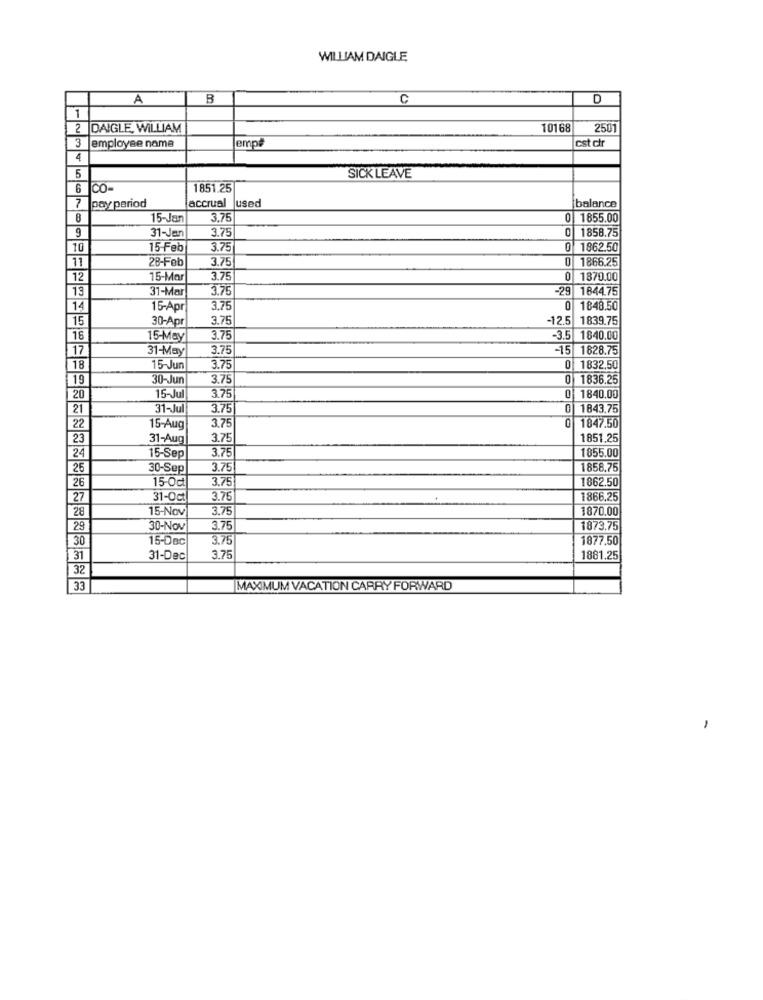
WILLIAM DAIGLE
A
B
C
D
1
2
DAIGLE, WILLIAM
10168
2501
3 employee name
emp#
cst cir
4
SICK LEAVE
5
6
CO-
1851.25
7
pay period
accrual used
balance
8
15-Jan
3.75
0 1855.00
9
31-Jan
3.75
1858.75
10
15-Feb
3.75
0 1862.50
11
28-Feb
3.75
1866.25
12
15-Mar
3.75
1870.00
13
31-Mar
3.75
-29 1844.75
14
15-Apr
3.75
1848.50
15
30-Apr
3.75
-12.5 1839.75
16
15-May
3.75
-3.5 1840.00
17
31-May
3.75
15 1828.75
18
15-Jun
3.75
0 1832.50
119
30-Jun
3.75
0 1836.25
20
15-Jul
3.75
0 1840.00
21
31-Jul
3.75
0|1843.75
22
15-Aug
3.75
0 1847.50
23
31-Aug
3.75
1851.25
24
3.75
15-Sep
1855.00
25
30-Sep
3.75
1858.75
26
15-Oct
3.75
862.50
27
31-Oct
3.75
1866.25
28
15-Nov
3.75
1870.00
29
30-Nov
3.75
1873.75
30
15-Dec
3.75
1877.50
31
31-Dec
3.75
1881.25
32
33
MAXIMUM VACATION CARRY FORWARD
-